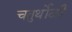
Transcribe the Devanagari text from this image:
चतुर्थोळी